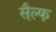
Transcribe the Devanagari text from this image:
सैल्फ